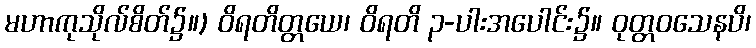
မဟာကုသိုလ်စိတ်၌။) ဝိရတိတ္တယေ၊ ဝိရတိ ၃-ပါးအပေါင်း၌။ ဝုတ္တဝသေနပိ၊